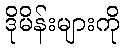
ဒိုမိန်းများကို